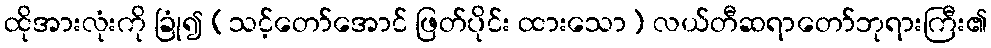
ထိုအားလုံးကို ခြုံ၍ (သင့်တော်အောင် ဖြတ်ပိုင်း ထားသော) လယ်တီဆရာတော်ဘုရားကြီး၏